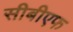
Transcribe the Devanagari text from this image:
सीबीएफ